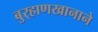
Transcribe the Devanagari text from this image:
बुर्‍हाणखानाने